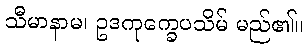
သီမာနာမ၊ ဥဒကုက္ခေပသိမ် မည်၏။